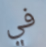
في